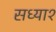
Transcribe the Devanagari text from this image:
सध्या१